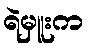
ရဲမှူးက